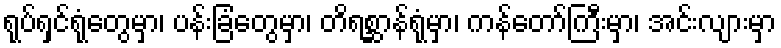
ရုပ်ရှင်ရုံတွေမှာ၊ ပန်းခြံတွေမှာ၊ တိရစ္ဆာန်ရုံမှာ၊ ကန်တော်ကြီးမှာ၊ အင်းလျားမှာ